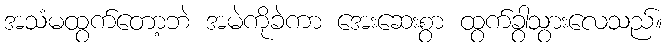
အသံမထွက်တော့ဘဲ အမဲကိုခဲကာ အေးဆေးစွာ ထွက်ခွာသွားလေသည်။